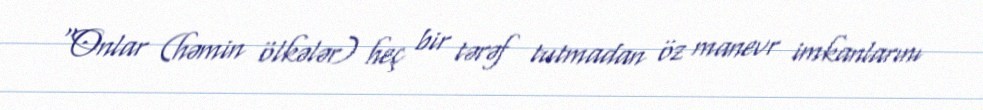
“Onlar (həmin ölkələr) heç bir tərəf tutmadan öz manevr imkanlarını